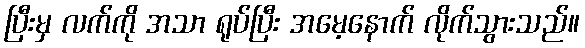
ပြီးမှ လက်ကို အသာ ရုပ်ပြီး အမေ့နောက် လိုက်သွားသည်။